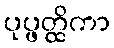
ပုပ္ဖတ္ထိကာ